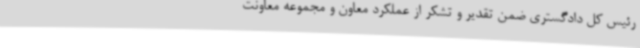
رئیس کل دادگستری ضمن تقدیر و تشکر از عملکرد معاون و مجموعه معاونت